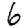
Digit: 6